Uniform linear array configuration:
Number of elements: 32
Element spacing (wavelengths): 0.5
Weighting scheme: binomial
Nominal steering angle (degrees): -30
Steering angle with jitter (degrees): -30.215
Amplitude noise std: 0.05
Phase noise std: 0.05

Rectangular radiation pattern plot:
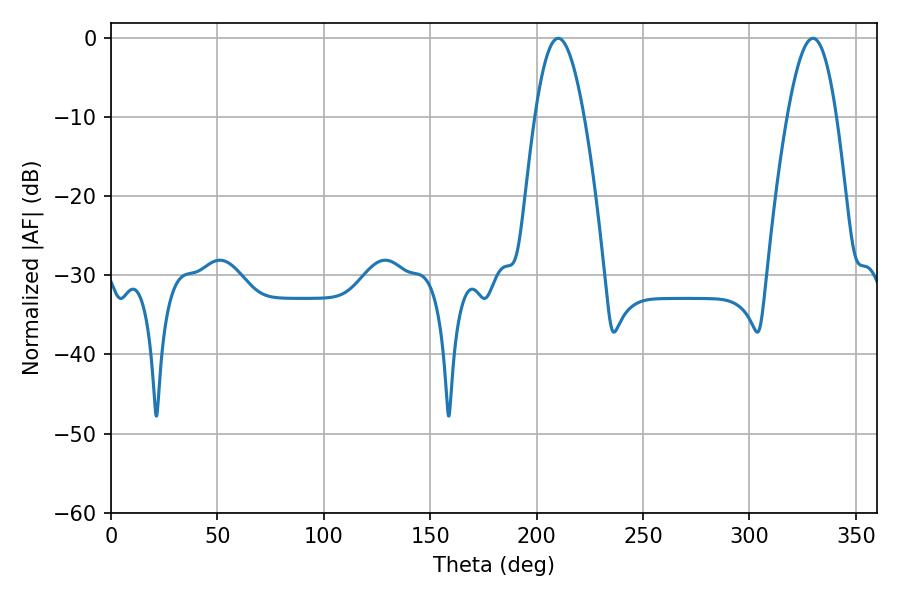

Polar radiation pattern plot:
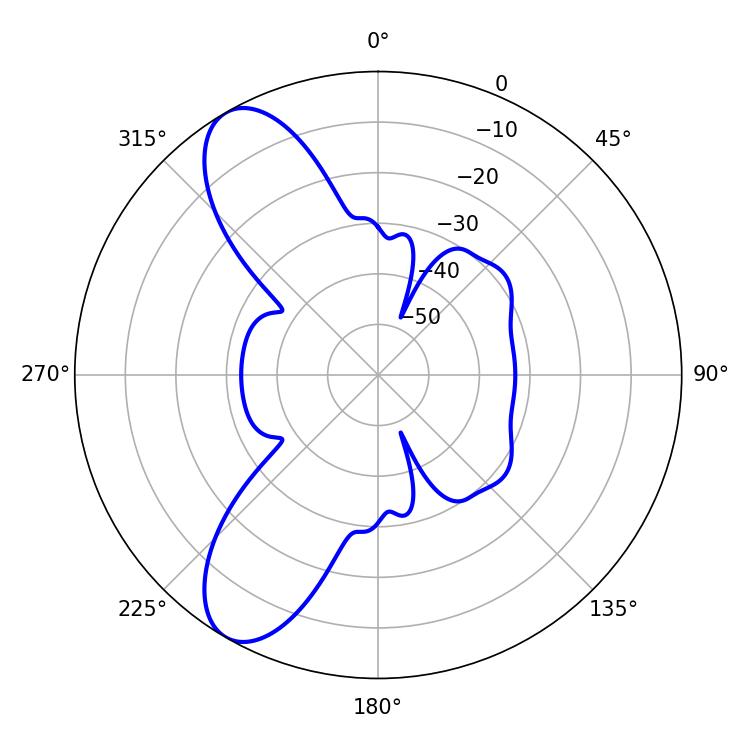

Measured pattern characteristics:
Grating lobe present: FALSE
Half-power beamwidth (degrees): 12.42
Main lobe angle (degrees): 210.24